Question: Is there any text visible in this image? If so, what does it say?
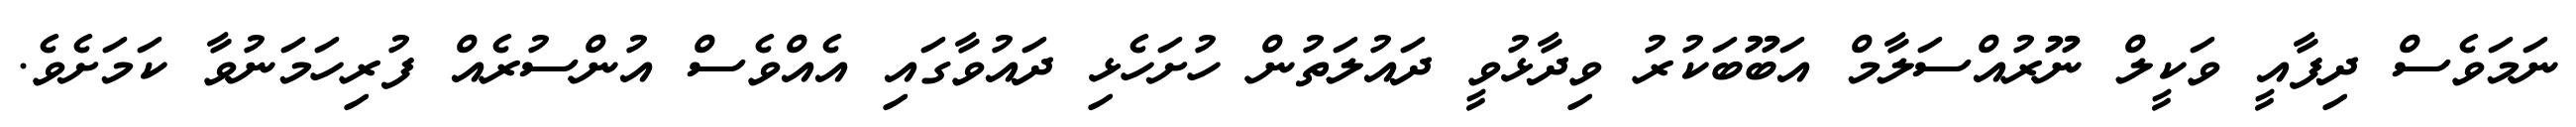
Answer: ނަމަވެސް ދިފާއީ ވަކީލް ނޫރުއްސަލާމް އަބޫބަކުރު ވިދާޅުވީ ދައުލަތުން ހުށަހެޅި ދައުވާގައި އެއްވެސް އުންސުރެއް ފުރިހަމަނުވާ ކަމަށެވެ.